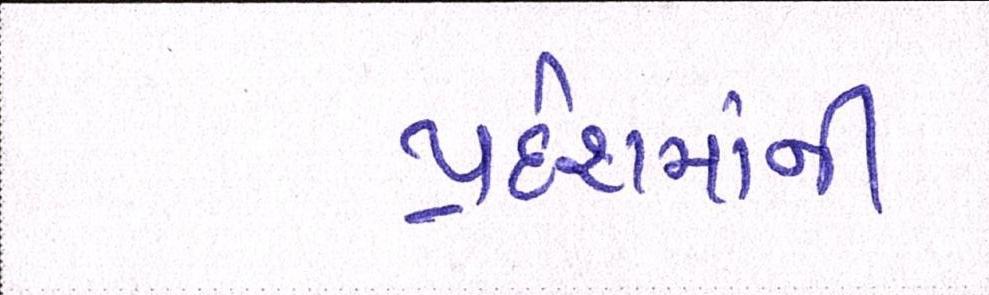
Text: પ્રદેશમાંની